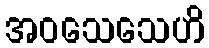
အဝသေသေဟိ